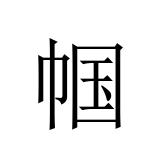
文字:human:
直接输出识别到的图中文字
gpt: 帼